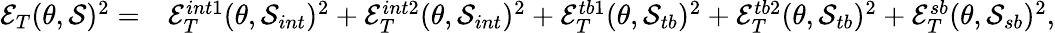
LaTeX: \begin{array}{rl}{\mathcal{E}_{T}(\theta,\mathcal{S})^{2}=}&{{}\mathcal{E}_{T}^{int1}(\theta,\mathcal{S}_{int})^{2}+\mathcal{E}_{T}^{int2}(\theta,\mathcal{S}_{int})^{2}+\mathcal{E}_{T}^{tb1}(\theta,\mathcal{S}_{tb})^{2}+\mathcal{E}_{T}^{tb2}(\theta,\mathcal{S}_{tb})^{2}+\mathcal{E}_{T}^{sb}(\theta,\mathcal{S}_{sb})^{2},}\end{array}